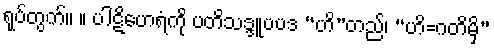
ရုပ်တွက်။ ။ ပါဋိဟေရံကို ပတိသဒ္ဒူပပဒ “ဟိ”တည်၊ “ဟိ=ဂတိမှိ”